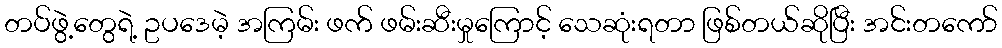
တပ်ဖွဲ့တွေရဲ့ ဥပဒေမဲ့ အကြမ်း ဖက် ဖမ်းဆီးမှုကြောင့် သေဆုံးရတာ ဖြစ်တယ်ဆိုပြီး အင်းတကော်